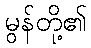
မွန်တို့၏